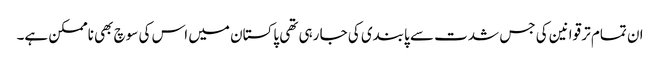
ان تمام تر قوانین کی جس شدت سے پابندی کی جا رہی تھی پاکستان میں اس کی سوچ بھی ناممکن ہے۔